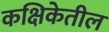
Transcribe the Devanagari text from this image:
कक्षिकेतील